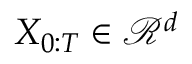
X _ { 0 : T } \in \mathcal { R } ^ { d }